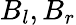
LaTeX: B_{l},B_{r}